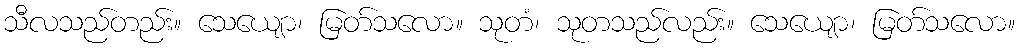
သီလသည်တည်း။ သေယျော၊ မြတ်သလော။ သုတံ၊ သုတသည်လည်း။ သေယျော၊ မြတ်သလော။